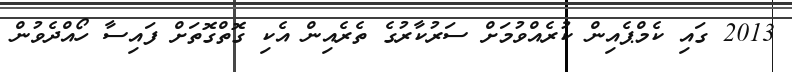
2013 ގައި ކެމްޕެއިން ކުރެއްވުމަށް ސަރުކާރުގެ ތެރެއިން އެކި ގޮތްގޮތަށް ފައިސާ ހޯއްދެވުން